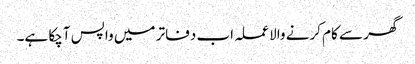
گھر سے کام کرنے والا عملہ اب دفاتر میں واپس آچکا ہے۔